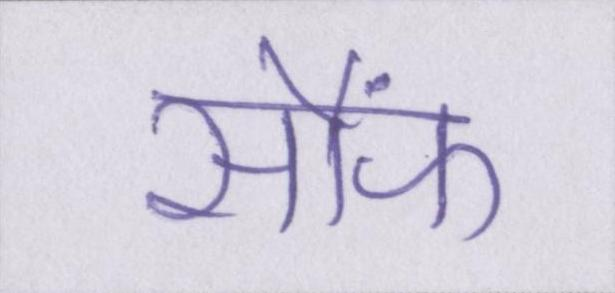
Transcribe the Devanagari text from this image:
सौंफ